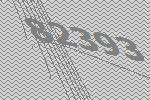
82393